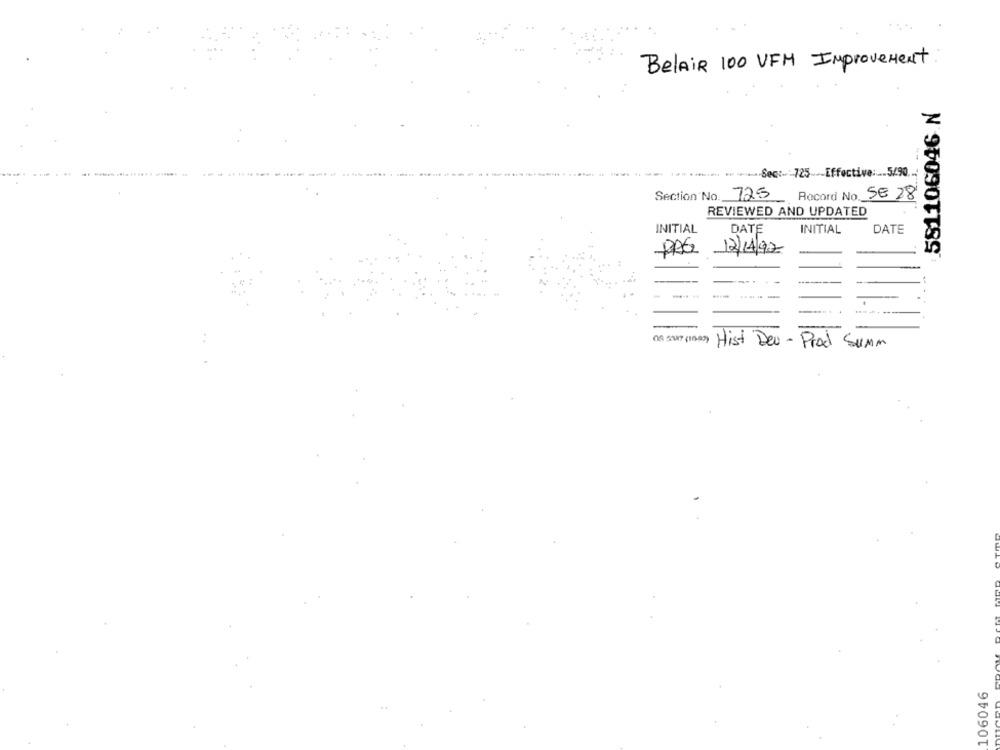
BelAIR 100 VFM Improvement.
.581106046 N
--
-
... Sec :.: 725 --- Effective :... 5/90 ..
725
SE 28
Section No.
Record No.
REVIEWED AND UPDATED
INITIAL
DATE
INITIAL
DATE
PRE 12/14/92
-.. .
-
05 5147 (10-02)
Hist Deu - Prod Summ
106046